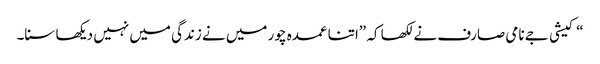
“کیشی جے نامی صارف نے لکھا کہ ”اتنا عمدہ چور میں نے زندگی میں نہیں دیکھا سنا۔